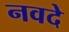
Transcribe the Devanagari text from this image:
नवदे